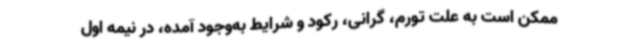
ممکن است به علت تورم، گرانی، رکود و شرایط به‌وجود آمده، در نیمه اول